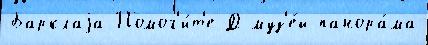
Барклаjа Помог'и́т'е Д муз'е́й-панора́ма